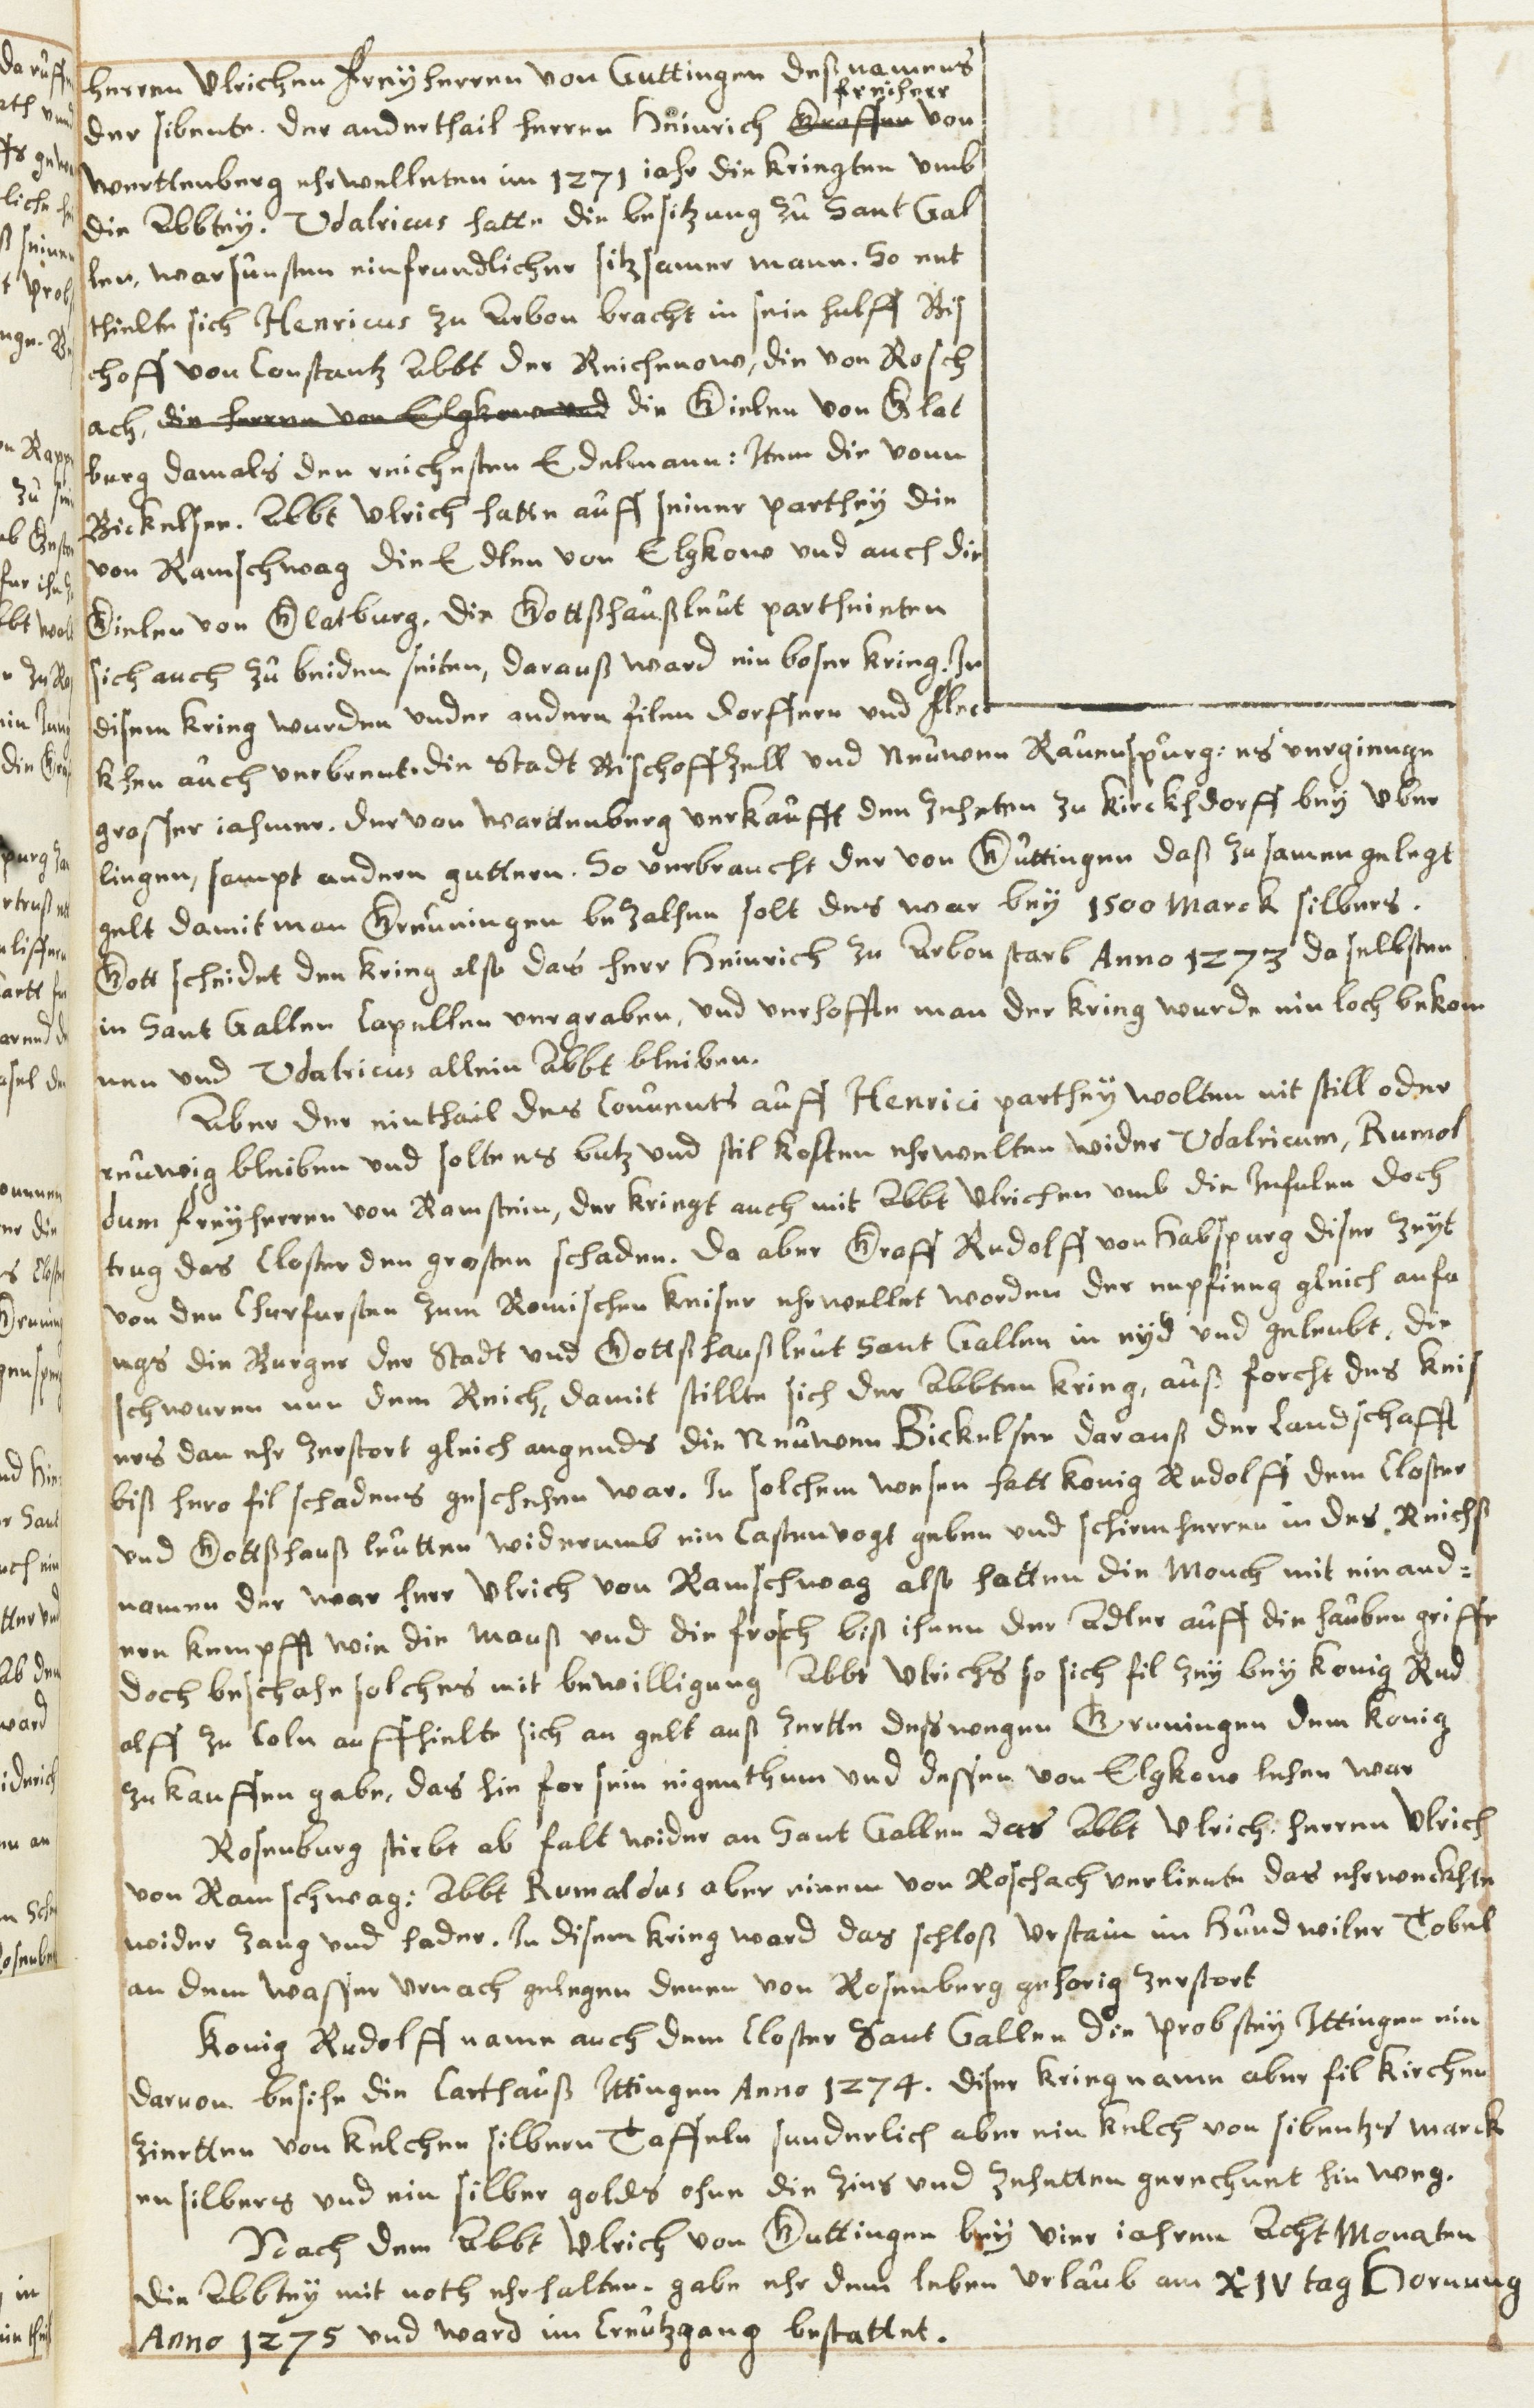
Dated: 1630–1680